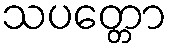
သပတ္တော